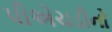
પીએચડીનો